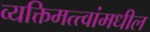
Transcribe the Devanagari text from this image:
व्यक्तिमत्त्वांमधील